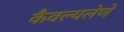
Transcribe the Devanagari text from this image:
कैवल्यलेणे